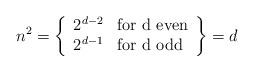
LaTeX: \begin{align*}n^2=\left\{ \begin{array}{ll}2^{d-2} & \mbox{for d even}\\2^{d-1}& \mbox{for d odd} \end{array}\right\}=d\end{align*}